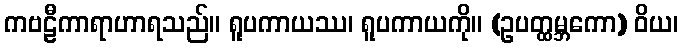
ကဗဠီကာရာဟာရသည်။ ရူပကာယဿ၊ ရူပကာယကို။ (ဥပတ္ထမ္ဘကော) ဝိယ၊